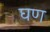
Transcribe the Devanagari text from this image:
घण